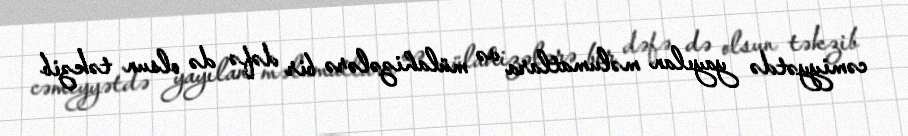
cəmiyyətdə yayılan məlumatlara və mülahizələrə bir dəfə də olsun təkzib